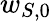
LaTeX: w_{S,0}